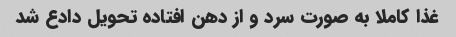
غذا کاملا به صورت سرد و از دهن افتاده تحویل دادع شد